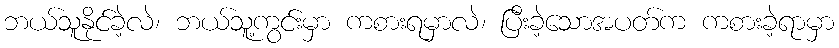
ဘယ်သူနိုင်ခဲ့လဲ၊ ဘယ်သူ့ကွင်းမှာ ကစားရမှာလဲ၊ ပြီးခဲ့သောအပတ်က ကစားခဲ့ရာမှာ